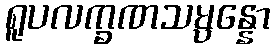
ရူပလက္ခဏသမ္ပန္နော